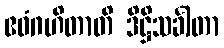
ဧဝံဂဟိတာတိ ဒိဋ္ဌိသင်္ခါတာ